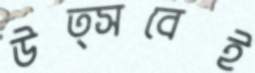
উত্সবেই